Report on vaccination in Madras 1922-1929 - 1922-1929
Year: 1922
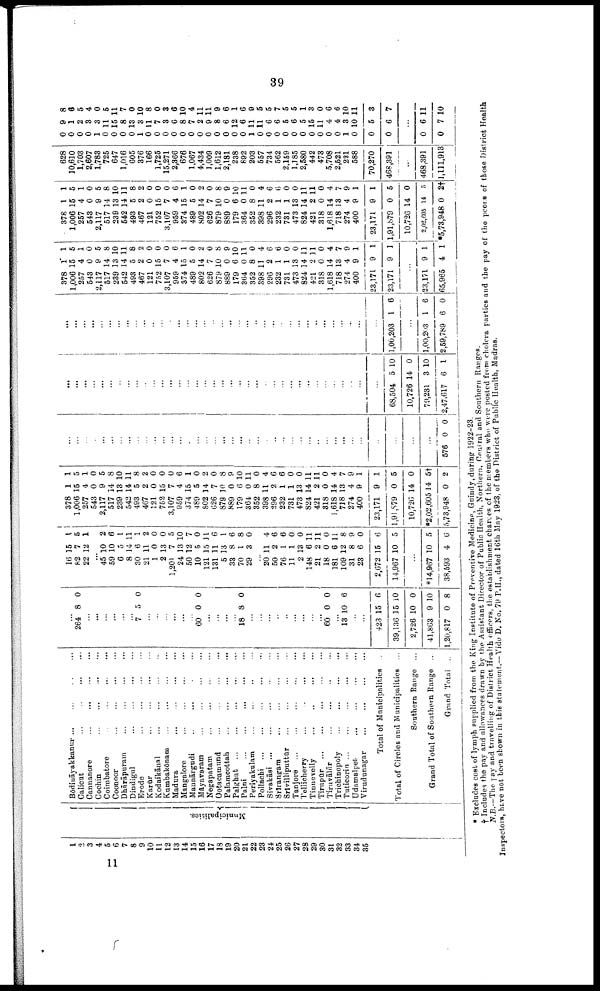
39
1
2
3
4
5
6
7
8
9
10
11
12
13
14
15
16
17
18
19
20
21
22
23
21
25
26
27
28
29
30
31
32
33
34
35
Municipalities.
Bōdināyakkanur
...
...
...
...
Calicut
...
...
...
...
Cannanore ... ... ... ...
Cochin ... ... ... ...
Coimbatore ... ... ... ...
Coonoor ... ... ... ...
Dhārāpuram
...
...
...
...
Dindigul ... ... ... ...
Erode
...
...
...
...
Karūr ... ... ... ...
Kodaikānal ... ... ... ...
Kumbakōnam ... ... ... ...
Madura
...
...
...
...
Mangalore
...
...
...
...
Mannārgudi ... ... ... ...
Māyavaram ... ... ... ...
Negapatam
...
...
...
...
Ootacamund
...
...
...
...
Palamcottah
...
...
...
...
Palghat
...
...
...
...
...
Palni ... ... ... ... ...
Periyakulam ... ... ... ...
Pollachi ...
...
...
...
...
Sivakāsi
...
...
...
...
...
Srīrangam ... ... ... ...
Srīvilliputtūr ... ... ... ...
Tanjore
...
...
...
...
...
Tellicherry
...
...
...
...
Tinnevelly
...
...
...
...
Tirupūr
...
...
...
...
...
Tiruvālūr
...
...
...
...
Trichinopoly
...
...
...
...
Tuticorin
...
...
...
...
...
Udamalpet
...
...
...
...
Virudunagar
...
...
...
...
Total of Municipalities
Total of Circles and Municipalities ...
Southern Range ...
Grand Total of Southern Range ...
Grand Total ...
...
264 8 0
...
...
...
...
...
...
7 5 0
...
...
...
...
...
...
60 0 0
...
...
...
...
18 8 0
...
...
...
...
...
...
...
...
...
60 0 0
...
13 10 6
...
...
423
39,136
2,726
41,863
1,20,817
15
15
10
9
0
6
10
0
10
8
16
82
22
15
7
12
1
5
1
...
45
59
6
8
30
21
1
2
1,201
24
50
10
121
131
5
33
70
29
10
10
5
14
6
11
0
13
7
13
12
5
15
11
13
8
1
3
2
6
1
11
1
2
0
0
5
10
7
0
11
6
1
6
8
0
...
20
50
76
11
2
148
21
18
181
109
31
23
2,672
14,967
11
2
1
1
13
6
2
0
6
12
8
6
15
10
4
6
6
0
0
11
11
0
11
8
9
0
6
5
...
*14,967
38,593
10
4
5
6
378
1,006
257
543
2,117
517
239
542
493
467
121
752
3,107
959
374
489
802
626
879
889
179
364
352
398
296
232
731
473
824
421
318
1,618
718
274
400
23,171
1,91,879
10,726
*2,02,605
5,73,948
1
15
4
0
9
14
13
14
5
2
0
15
7
4
15
5
14
7
10
0
6
0
8
11
2
1
1
13
14
2
0
14
13
4
9
9
0
14
14
0
1
5
1
0
5
8
10
11
8
2
0
0
0
6
1
0
2
0
8
9
10
11
0
4
6
6
0
0
11
11
0
4
7
9
1
1
5
0
5†
2
...
...
...
...
...
...
...
...
...
...
...
...
...
...
...
...
...
...
...
...
...
...
...
...
...
...
...
...
...
...
...
...
...
...
...
...
...
...
...
576 0 0
...
...
...
...
...
...
...
...
...
...
...
...
...
...
...
...
...
...
...
...
...
...
...
...
...
...
...
...
...
...
...
...
...
...
...
...
68,504
10,726
79,231
2,47,617
5
14
3
6
10
0
10
1
...
...
...
...
...
...
...
...
...
...
...
...
...
...
...
...
...
...
...
...
...
...
...
...
...
...
...
...
...
...
...
...
...
...
...
...
1,00,203 1 6
...
1,00,203
2,59,789
1
6
6
0
378
1,006
257
543
2,117
517
239
542
493
467
121
752
3,107
959
374
489
802
626
879
889
179
364
352
398
296
232
731
473
824
421
318
1,618
718
274
400
23,171
23,171
1
15
4
0
9
14
13
14
5
2
0
15
7
4
15
5
14
7
10
0
6
0
8
11
2
1
1
13
14
2
0
14
13
4
9
9
9
1
5
1
0
5
8
10
11
8
2
0
0
0
6
1
0
2
0
8
9
10
11
0
4
6
6
0
0
11
11
0
4
7
9
1
1
1
...
23,171
65,965
9
4
1
1
378
1,006
257
543
2,117
517
239
542
493
467
121
752
3,107
959
374
489
802
626
879
889
179
364
352
898
296
232
731
473
824
421
318
1,618
718
274
400
23,171
1,91,879
10,726
2,02,605
*5,73,948
1
15
4
0
9
14
13
14
5
2
0
15
7
4
15
5
14
7
10
0
6
0
8
11
2
1
1
13
14
2
0
14
18
4
9
9
0
14
14
0
1
5
1
0
5
8
10
11
8
2
0
0
0
6
1
0
2
0
8
9
10
11
0
4
6
6
0
0
11
11
0
4
7
9
1
1
5
0
5
2†
628
10,610
1,703
2,607
1,788
725
647
1,016
605
376
166
1,725
15,271
2,366
676
1,067
4,434
1,009
1,612
2,181
238
892
203
557
734
562
2,159
1,185
2,580
442
473
5,708
2,521
221
588
70,270
468,391
...
468,391
1,111,913
0
0
0
0
1
0
0
0
0
1
0
0
0
0
0
0
0
0
0
0
0
0
1
0
0
0
0
0
0
0
0
0
0
1
0
0
0
9
1
2
3
3
11
15
8
13
3
11
7
3
6
8
7
2
9
8
6
12
6
11
11
6
6
5
6
5
15
11
4
4
3
10
5
6
8
6
5
4
0
5
11
7
0
10
8
0
3
6
10
4
11
11
9
6
1
6
9
5
5
7
5
5
1
3
0
6
6
10
11
3
7
...
0
0
6
7
11
10
* Excludes cost of lymph supplied from the King Institute of Preventive Medicine, Guindy, during 1922-23.
† Includes the pay and allowances drawn by the Assistant Director of Public Health, Northern, Central and Southern Ranges.
N.B.—The pay and travelling of District Health officers, the establishment charges of the members who were posted from cholera parties and the pay of the peons of those District Health
Inspectors, have not been shown in this statement.—Vide D. No, 79 P.H., dated 16th May 1923, of the District of Public Health, Madras.
11